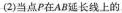
\textbf{(2)}当点P在AB延长线上的